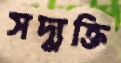
সদ্যুক্তি